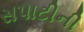
સપાટીની